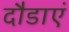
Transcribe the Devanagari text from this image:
दौडाएं